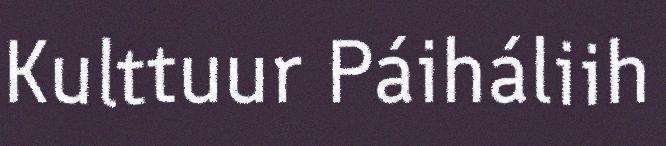
Kulttuur Páiháliih